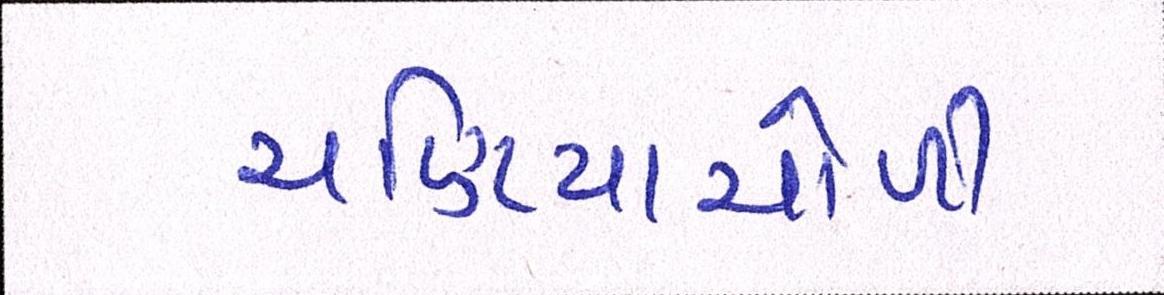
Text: ચણિયાચોળી